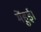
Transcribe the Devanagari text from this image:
मेंहुई।